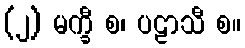
(၂) မက္ခီ စ၊ ပဠာသီ စ။